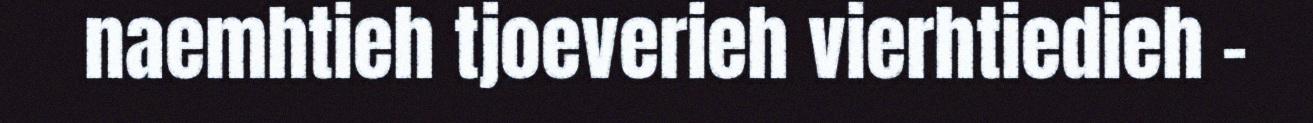
naemhtieh tjoeverieh vierhtiedieh -